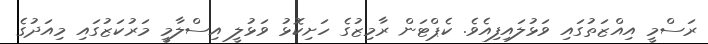
ރަސްމީ އިއްޒަތުގައި ވަޅުލައިފިއެވެ. ކެޕްޓަން ރާމިޒުގެ ހަށިކޮޅު ވަޅުލީ އިސްލާމީ މަރުކަޒުގައި މިއަދުގެ